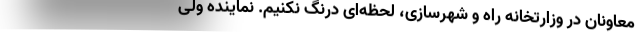
معاونان در وزارتخانه راه و شهرسازی، لحظه‌ای درنگ نکنیم. نماینده ولی